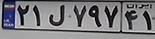
۲۱ل۷۹۷۴۱